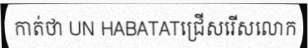
កាត់ថា UN HABATATជ្រើសរើសលោក